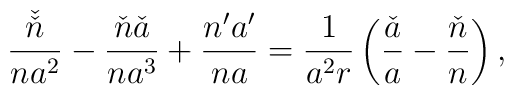
\frac{\check{\check{n}}}{na^2}-\frac{\check{n}\check{a}}{na^3}+\frac{n'a'}{na}=\frac{1}{a^2r}\left(\frac{\check{a}}{a}-\frac{\check{n}}{n}\right),